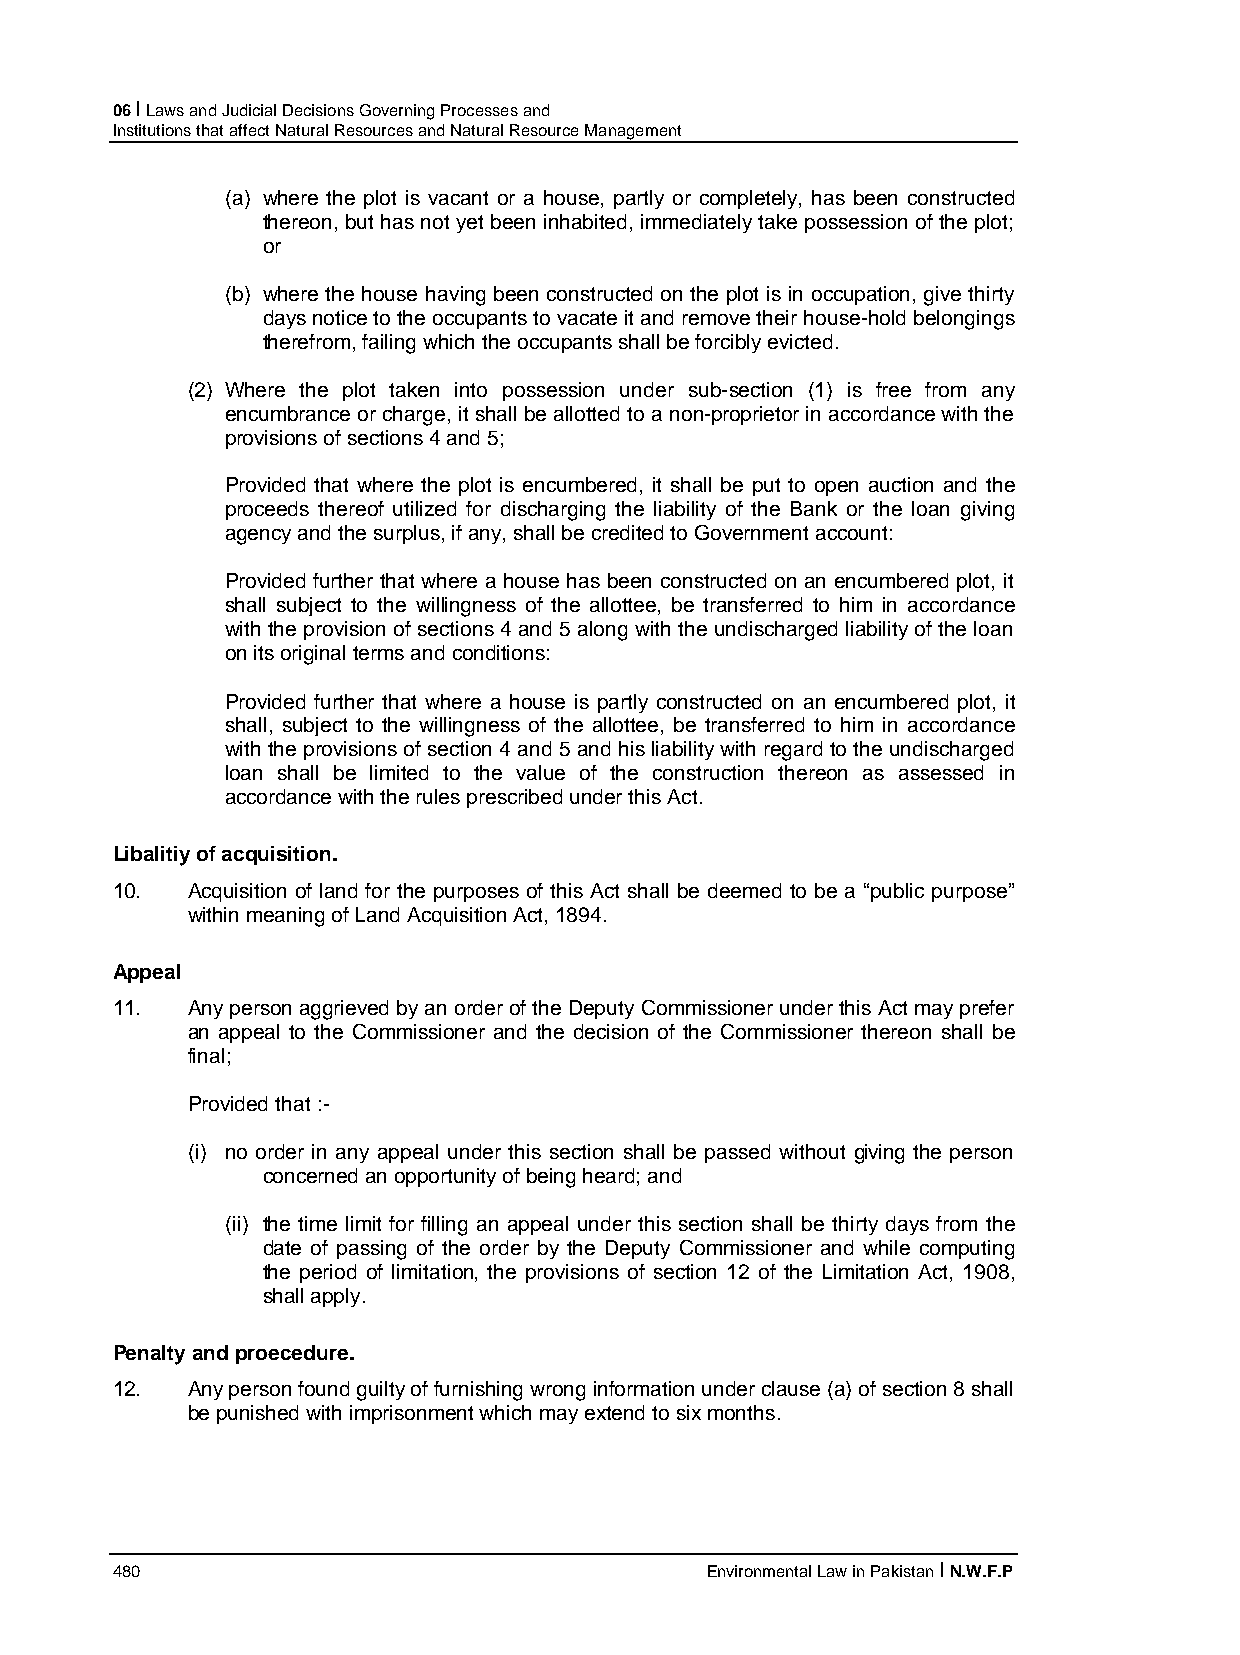
06 I Laws and Judicial Decisions Governing Processes and
 Institutions that affect Natural Resources and Natural Resource Management
 (a) where the plot is vacant or a house, partly or completely, has been constructed
 thereon, but has not yet been inhabited, immediately take possession of the plot;
 or
 (b) where the house having been constructed on the plot is in occupation, give thirty
 days notice to the occupants to vacate it and remove their house-hold belongings
 therefrom, failing which the occupants shall be forcibly evicted.
 (2) Where the plot taken into possession under sub-section (1) is free from any
 encumbrance or charge, it shall be allotted to a non-proprietor in accordance with the
 provisions of sections 4 and 5;
 Provided that where the plot is encumbered, it shall be put to open auction and the
 proceeds thereof utilized for discharging the liability of the Bank or the loan giving
 agency and the surplus, if any, shall be credited to Government account:
 Provided further that where a house has been constructed on an encumbered plot, it
 shall subject to the willingness of the allottee, be transferred to him in accordance
 with the provision of sections 4 and 5 along with the undischarged liability of the loan
 on its original terms and conditions:
 Provided further that where a house is partly constructed on an encumbered plot, it
 shall, subject to the willingness of the allottee, be transferred to him in accordance
 with the provisions of section 4 and 5 and his liability with regard to the undischarged
 loan shall be limited to the value of the construction thereon as assessed in
 accordance with the rules prescribed under this Act.
 Libalitiy of acquisition.
 10.  Acquisition of land for the purposes of this Act shall be deemed to be a “public purpose”
 within meaning of Land Acquisition Act, 1894.
 Appeal
 11.  Any person aggrieved by an order of the Deputy Commissioner under this Act may prefer
 an appeal to the Commissioner and the decision of the Commissioner thereon shall be
 final;
 Provided that :-
 (i) no order in any appeal under this section shall be passed without giving the person
 concerned an opportunity of being heard; and
 (ii) the time limit for filling an appeal under this section shall be thirty days from the
 date of passing of the order by the Deputy Commissioner and while computing
 the period of limitation, the provisions of section 12 of the Limitation Act, 1908,
 shall apply.
 Penalty and proecedure.
 12.  Any person found guilty of furnishing wrong information under clause (a) of section 8 shall
 be punished with imprisonment which may extend to six months.
 480                                     Environmental Law in Pakistan I N.W.F.P